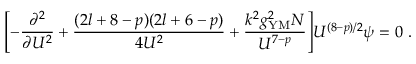
\Biggl [ - \frac { \partial ^ { 2 } } { \partial U ^ { 2 } } + \frac { ( 2 l + 8 - p ) ( 2 l + 6 - p ) } { 4 U ^ { 2 } } + \frac { k ^ { 2 } g _ { \mathrm { Y M } } ^ { 2 } N } { U ^ { 7 - p } } \Biggr ] U ^ { ( 8 - p ) / 2 } \psi = 0 \ .